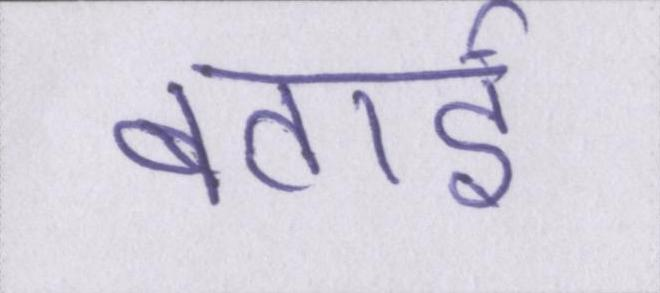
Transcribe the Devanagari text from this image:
बताई